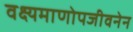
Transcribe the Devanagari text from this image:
वक्ष्यमाणोपजीवनेन